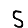
Digit: 5